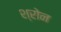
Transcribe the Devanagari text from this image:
श्रोन